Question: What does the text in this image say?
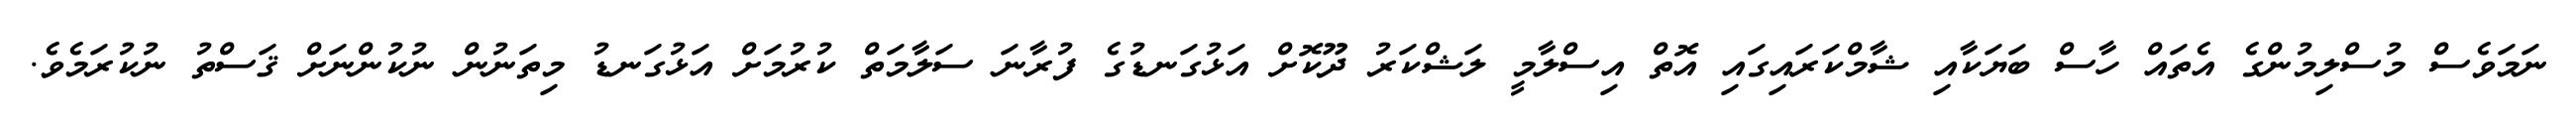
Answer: ނަމަވެސް މުސްލިމުންގެ އެތައް ހާސް ބަޔަކާއި ޝާމްކަރައިގައި އޮތް އިސްލާމީ ލަޝްކަރު ދޫކޮށް އަޅުގަނޑުގެ ފުރާނަ ސަލާމަތް ކުރުމަށް އަޅުގަނޑު މިތަނުން ނުކުންނަށް ޤަސްތު ނުކުރަމެވެ.